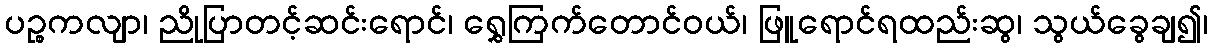
ပဉ္စကလျာ၊ ညိုပြာတင့်ဆင်းရောင်၊ ရွှေကြက်တောင်ဝယ်၊ ဖြူရောင်ရထည်းဆွ၊ သွယ်ခွေချ၍၊